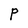
Character: P